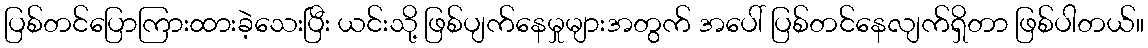
ပြစ်တင်ပြောကြားထားခဲ့သေးပြီး ယင်းသို့ ဖြစ်ပျက်နေမှုများအတွက် အပေါ် ပြစ်တင်နေလျက်ရှိတာ ဖြစ်ပါတယ်။